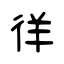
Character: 徉